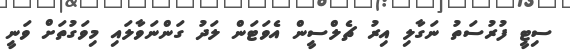
ސިޓީ ފުރުސަތު ނަގާލި އިރު ޗެލްސީން އެވަޓަން ލަދު ގަންނަވާލައި މިވަގުތަށް ވަނީ